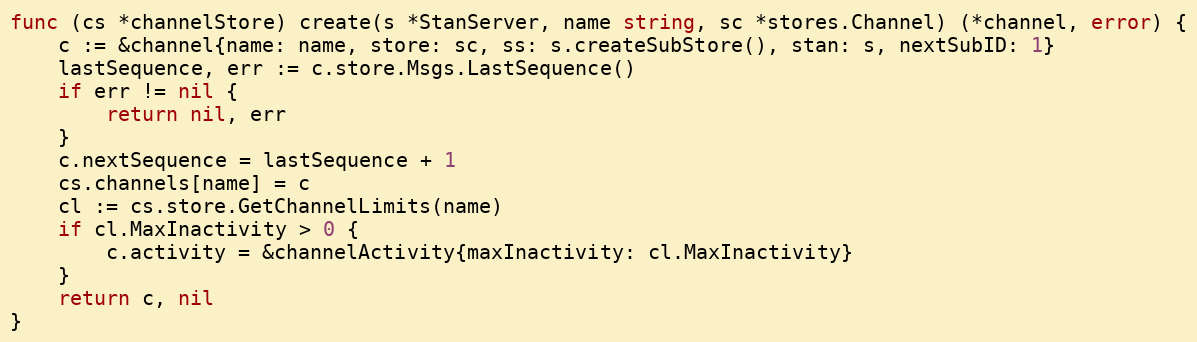
Language: Go
func (cs *channelStore) create(s *StanServer, name string, sc *stores.Channel) (*channel, error) {
	c := &channel{name: name, store: sc, ss: s.createSubStore(), stan: s, nextSubID: 1}
	lastSequence, err := c.store.Msgs.LastSequence()
	if err != nil {
		return nil, err
	}
	c.nextSequence = lastSequence + 1
	cs.channels[name] = c
	cl := cs.store.GetChannelLimits(name)
	if cl.MaxInactivity > 0 {
		c.activity = &channelActivity{maxInactivity: cl.MaxInactivity}
	}
	return c, nil
}